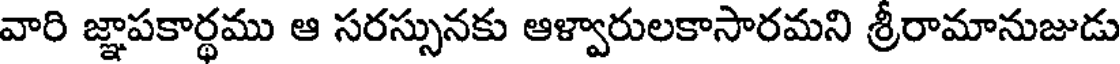
వారి జ్ఞాపకార్థము ఆ సరస్సునకు ఆళ్వారులకాసారమని శ్రీరామానుజుడు